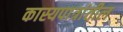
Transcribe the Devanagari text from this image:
कास्यपात्रांतील